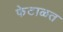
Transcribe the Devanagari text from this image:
फेटाळत